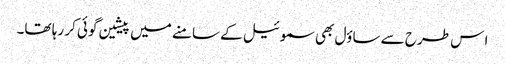
ا س طرح سے ساؤل بھی سموئیل کے سامنے میں پیشین گوئی کر رہا تھا۔